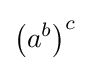
\left(a^{b}\right)^{c}